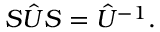
{ \cal S } \hat { U } { \cal S } = \hat { U } ^ { - 1 } .